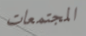
المجتمعات